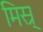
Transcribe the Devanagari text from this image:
मिस्र्